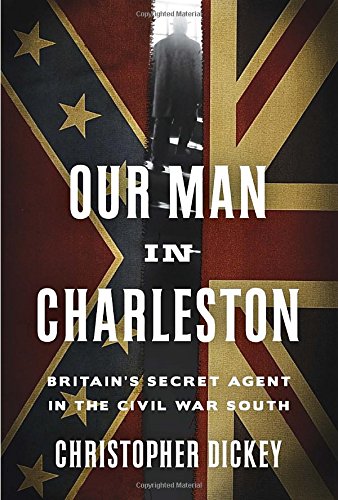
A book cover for Our Man in Charleston: Britain's Secret Agent in the Civil War South; Christopher Dickey; Biographies & Memoirs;